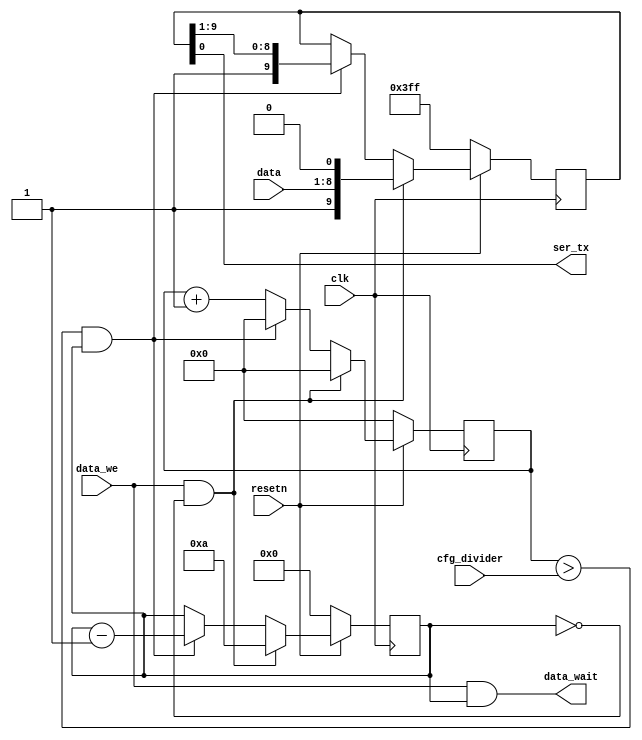
/*
 *  PicoSoC - A simple example SoC using PicoRV32
 *
 *  Copyright (C) 2017  Clifford Wolf <clifford@clifford.at>
 *
 *  Permission to use, copy, modify, and/or distribute this software for any
 *  purpose with or without fee is hereby granted, provided that the above
 *  copyright notice and this permission notice appear in all copies.
 *
 *  THE SOFTWARE IS PROVIDED "AS IS" AND THE AUTHOR DISCLAIMS ALL WARRANTIES
 *  WITH REGARD TO THIS SOFTWARE INCLUDING ALL IMPLIED WARRANTIES OF
 *  MERCHANTABILITY AND FITNESS. IN NO EVENT SHALL THE AUTHOR BE LIABLE FOR
 *  ANY SPECIAL, DIRECT, INDIRECT, OR CONSEQUENTIAL DAMAGES OR ANY DAMAGES
 *  WHATSOEVER RESULTING FROM LOSS OF USE, DATA OR PROFITS, WHETHER IN AN
 *  ACTION OF CONTRACT, NEGLIGENCE OR OTHER TORTIOUS ACTION, ARISING OUT OF
 *  OR IN CONNECTION WITH THE USE OR PERFORMANCE OF THIS SOFTWARE.
 *
 */

module uart_tx (
	input clk,
	input resetn,

	output ser_tx,

	input  [31:0] cfg_divider,

	input         data_we,
	input  [7:0]  data,
	output        data_wait
);
	reg [9:0] send_pattern;
	reg [3:0] send_bitcnt;
	reg [31:0] send_divcnt;

	assign data_wait = data_we && (send_bitcnt);

	assign ser_tx = send_pattern[0];

	always @(posedge clk) begin
		send_divcnt <= send_divcnt + 1;
		if (!resetn) begin
			send_pattern <= ~0;
			send_bitcnt <= 0;
			send_divcnt <= 0;
		end else begin
			if (data_we && !send_bitcnt) begin
				send_pattern <= {1'b1, data, 1'b0};
				send_bitcnt <= 10;
				send_divcnt <= 0;
			end else
			if (send_divcnt > cfg_divider && send_bitcnt) begin
				send_pattern <= {1'b1, send_pattern[9:1]};
				send_bitcnt <= send_bitcnt - 1;
				send_divcnt <= 0;
			end
		end
	end
endmodule